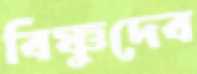
বিষ্ণুদেব